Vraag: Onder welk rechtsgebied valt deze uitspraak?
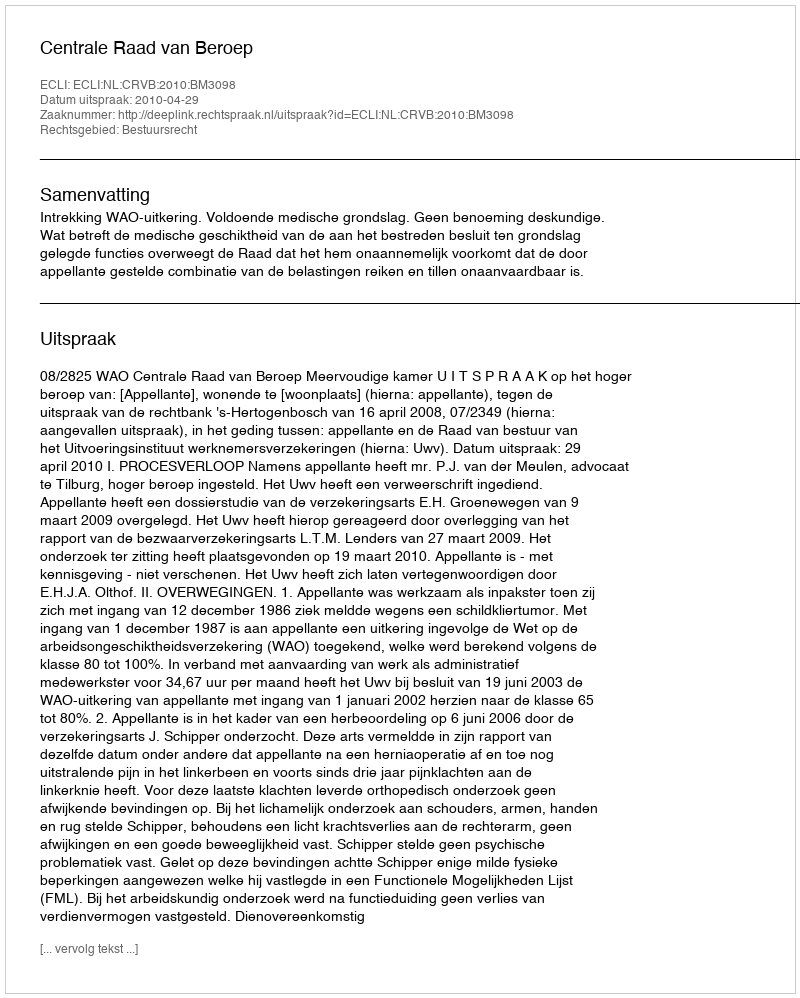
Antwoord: Bestuursrecht